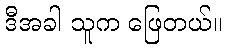
ဒီအခါ သူက ဖြေတယ်။